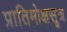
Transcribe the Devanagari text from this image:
प्रातिमोक्षसूत्र